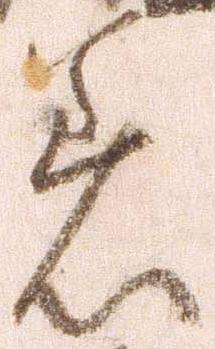
着